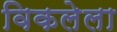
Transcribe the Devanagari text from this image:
विकलेला